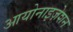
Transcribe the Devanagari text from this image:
आयोनाइज़ेशन